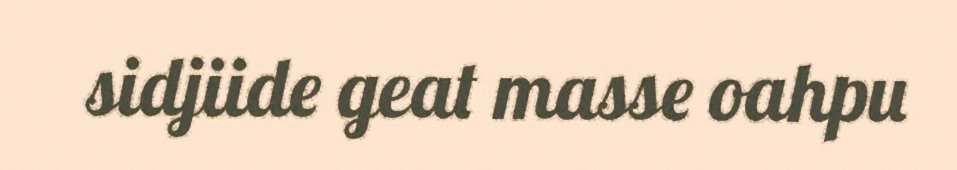
sidjiide geat masse oahpu